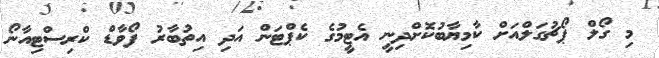
މި ގޯލް ޕޯޗުގަލްއަށް ކާމިޔާބުކޮށްދިނީ އެޓީމުގެ ކެޕްޓަން އަދި އިތުބާރު ފޯވާޑް ކްރިސްޓިއާނޯ